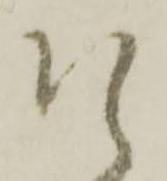
そ